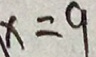
x = 9